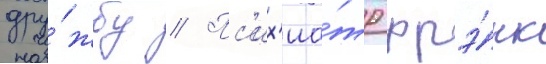
дру́жбу // Пс'их'иа́тр фрэ́нк